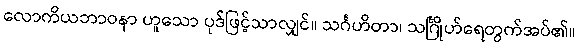
လောကိယဘာဝနာ ဟူသော ပုဒ်ဖြင့်သာလျှင်။ သင်္ဂဟိတာ၊ သင်္ဂြိုဟ်ရေတွက်အပ်၏။